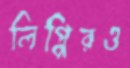
লিপ্পিরও